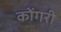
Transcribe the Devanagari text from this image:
कोंगरी